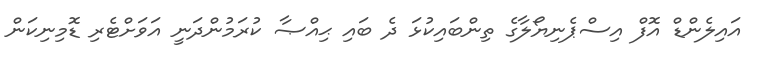
އައިލެންޑް އޮފް އިސްޕެނިޔޯލާގެ ތިންބައިކުޅަ ދެ ބައި ޙިއްޞާ ކުރަމުންދަނީ އަވަށްޓެރި ޑޮމިނިކަން